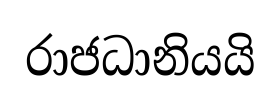
රාජධානියයි